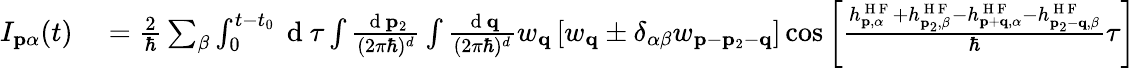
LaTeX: \begin{array}{rl}{I_{\mathbf{p}\alpha}(t)}&{{}=\frac{2}{\hbar}\sum_{\beta}\int_{0}^{t-t_{0}}\mathrm{~d~}\tau\int\frac{\mathrm{~d~}\mathbf{p}_{2}}{(2\pi\hbar)^{d}}\int\frac{\mathrm{~d~}\mathbf{q}}{(2\pi\hbar)^{d}}w_{\mathbf{q}}\left[w_{\mathbf{q}}\pm\delta_{\alpha\beta}w_{\mathbf{p}-\mathbf{p}_{2}-\mathbf{q}}\right]\cos\left[\frac{h_{\mathbf{p},\alpha}^{\mathrm{~H~F~}}+h_{\mathbf{p}_{2},\beta}^{\mathrm{~H~F~}}-h_{\mathbf{p}+\mathbf{q},\alpha}^{\mathrm{~H~F~}}-h_{\mathbf{p}_{2}-\mathbf{q},\beta}^{\mathrm{~H~F~}}}{\hbar}\tau\right]}\end{array}